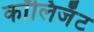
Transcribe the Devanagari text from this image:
कॉलिजॅट